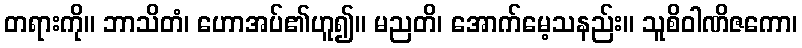
တရားကို။ ဘာသိတံ၊ ဟောအပ်၏ဟူ၍။ မညတိ၊ အောက်မေ့သနည်း။ သူစိဝါဏိဇကော၊